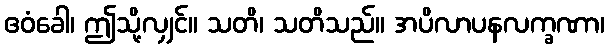
ဧဝံခေါ၊ ဤသို့လျှင်။ သတိ၊ သတိသည်။ အပိလာပနလက္ခဏာ၊